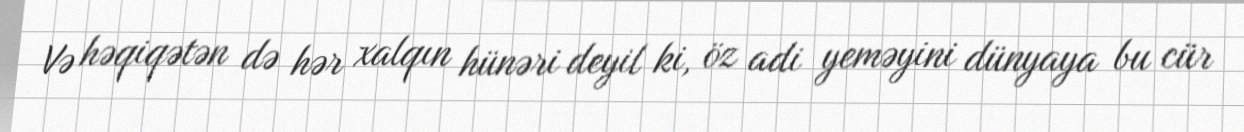
Və həqiqətən də hər xalqın hünəri deyil ki, öz adi yeməyini dünyaya bu cür